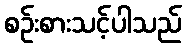
စဉ်းစားသင့်ပါသည်